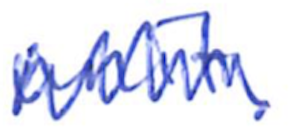
Text: unit.
Cross-out: zig-zag
Writing tool: ballpoint